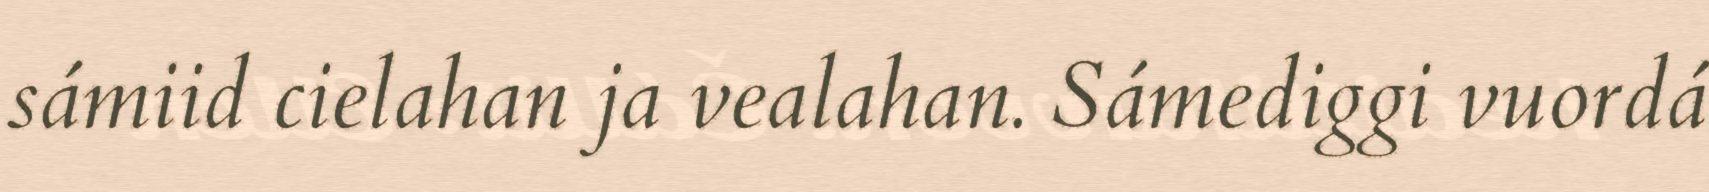
sámiid cielahan ja vealahan. Sámediggi vuordá